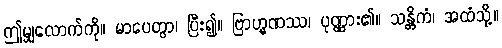
ဤမျှလောက်ကို။ မာပေတွာ၊ ပြီး၍။ ဗြာဟ္မဏဿ၊ ပုဏ္ဏား၏။ သန္တိကံ၊ အထံသို့။